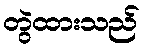
တွဲထားသည်